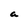
Character: a